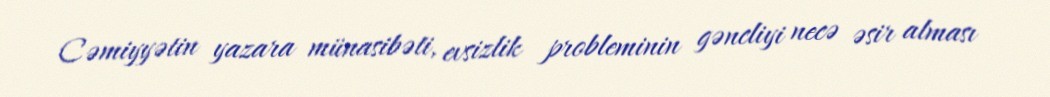
Cəmiyyətin yazara münasibəti, evsizlik probleminin gəncliyi necə əsir alması